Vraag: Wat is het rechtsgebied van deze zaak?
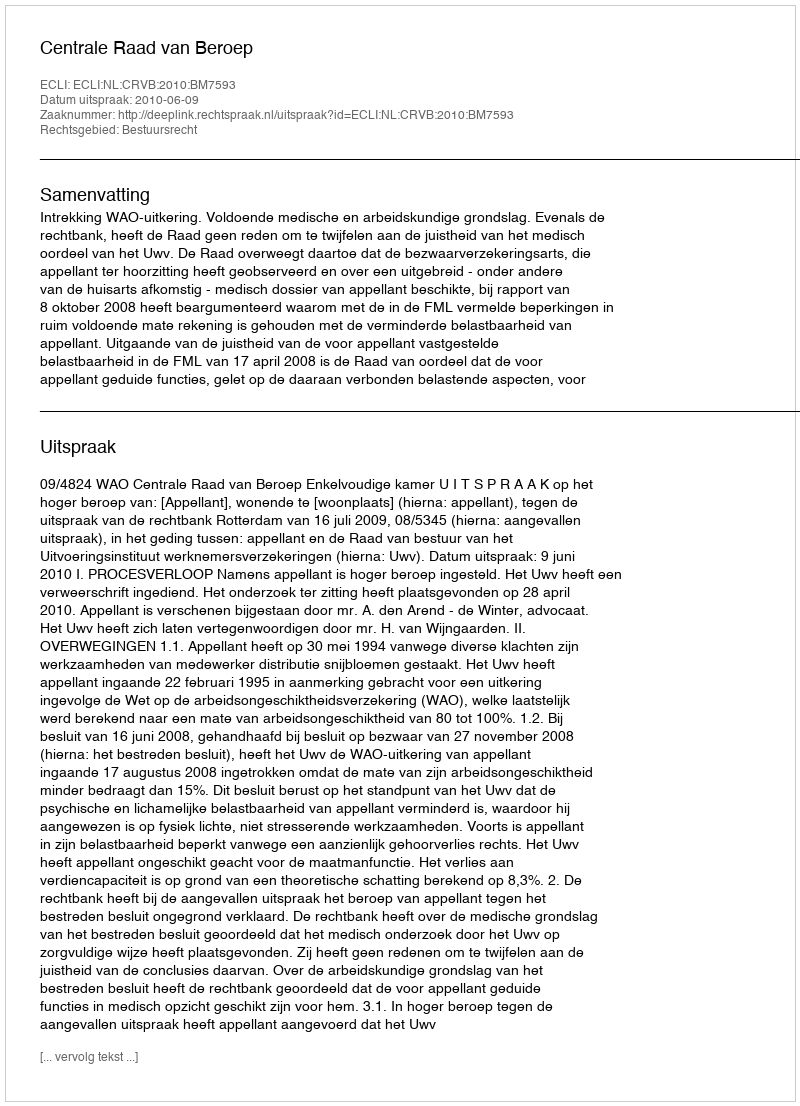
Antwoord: Bestuursrecht